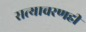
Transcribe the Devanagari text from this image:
सत्याचरणही